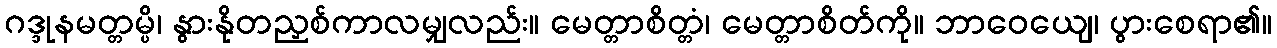
ဂဒ္ဒုနမတ္တမ္ပိ၊ နွားနိုတညှစ်ကာလမျှလည်း။ မေတ္တာစိတ္တံ၊ မေတ္တာစိတ်ကို။ ဘာဝေယျေ၊ ပွားစေရာ၏။